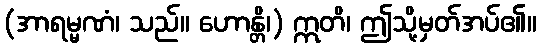
(အာရမ္မဏံ၊ သည်။ ဟောန္တိ၊) ဣတိ၊ ဤသို့မှတ်အပ်၏။